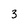
Character: 3